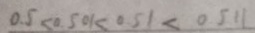
0 . 5 < 0 . 5 0 1 < 0 . 5 1 < 0 . 5 1 1